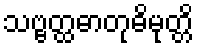
သဗ္ဗတ္ထဓာတုဓိမုတ္တိ